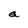
Character: a